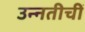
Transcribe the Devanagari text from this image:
उन्नतीचीं